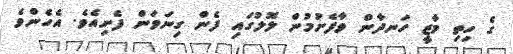
ގެ ހިތި މާޒީ ހަނދާން ވާފެށުމުން ލޮލުގައި ފެން ގިނަވަން ފެށިއެވެ. އެހެންވެ